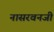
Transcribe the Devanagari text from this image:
नासरवनजी